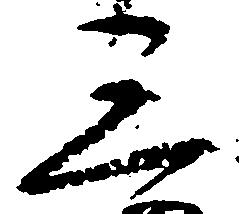
三